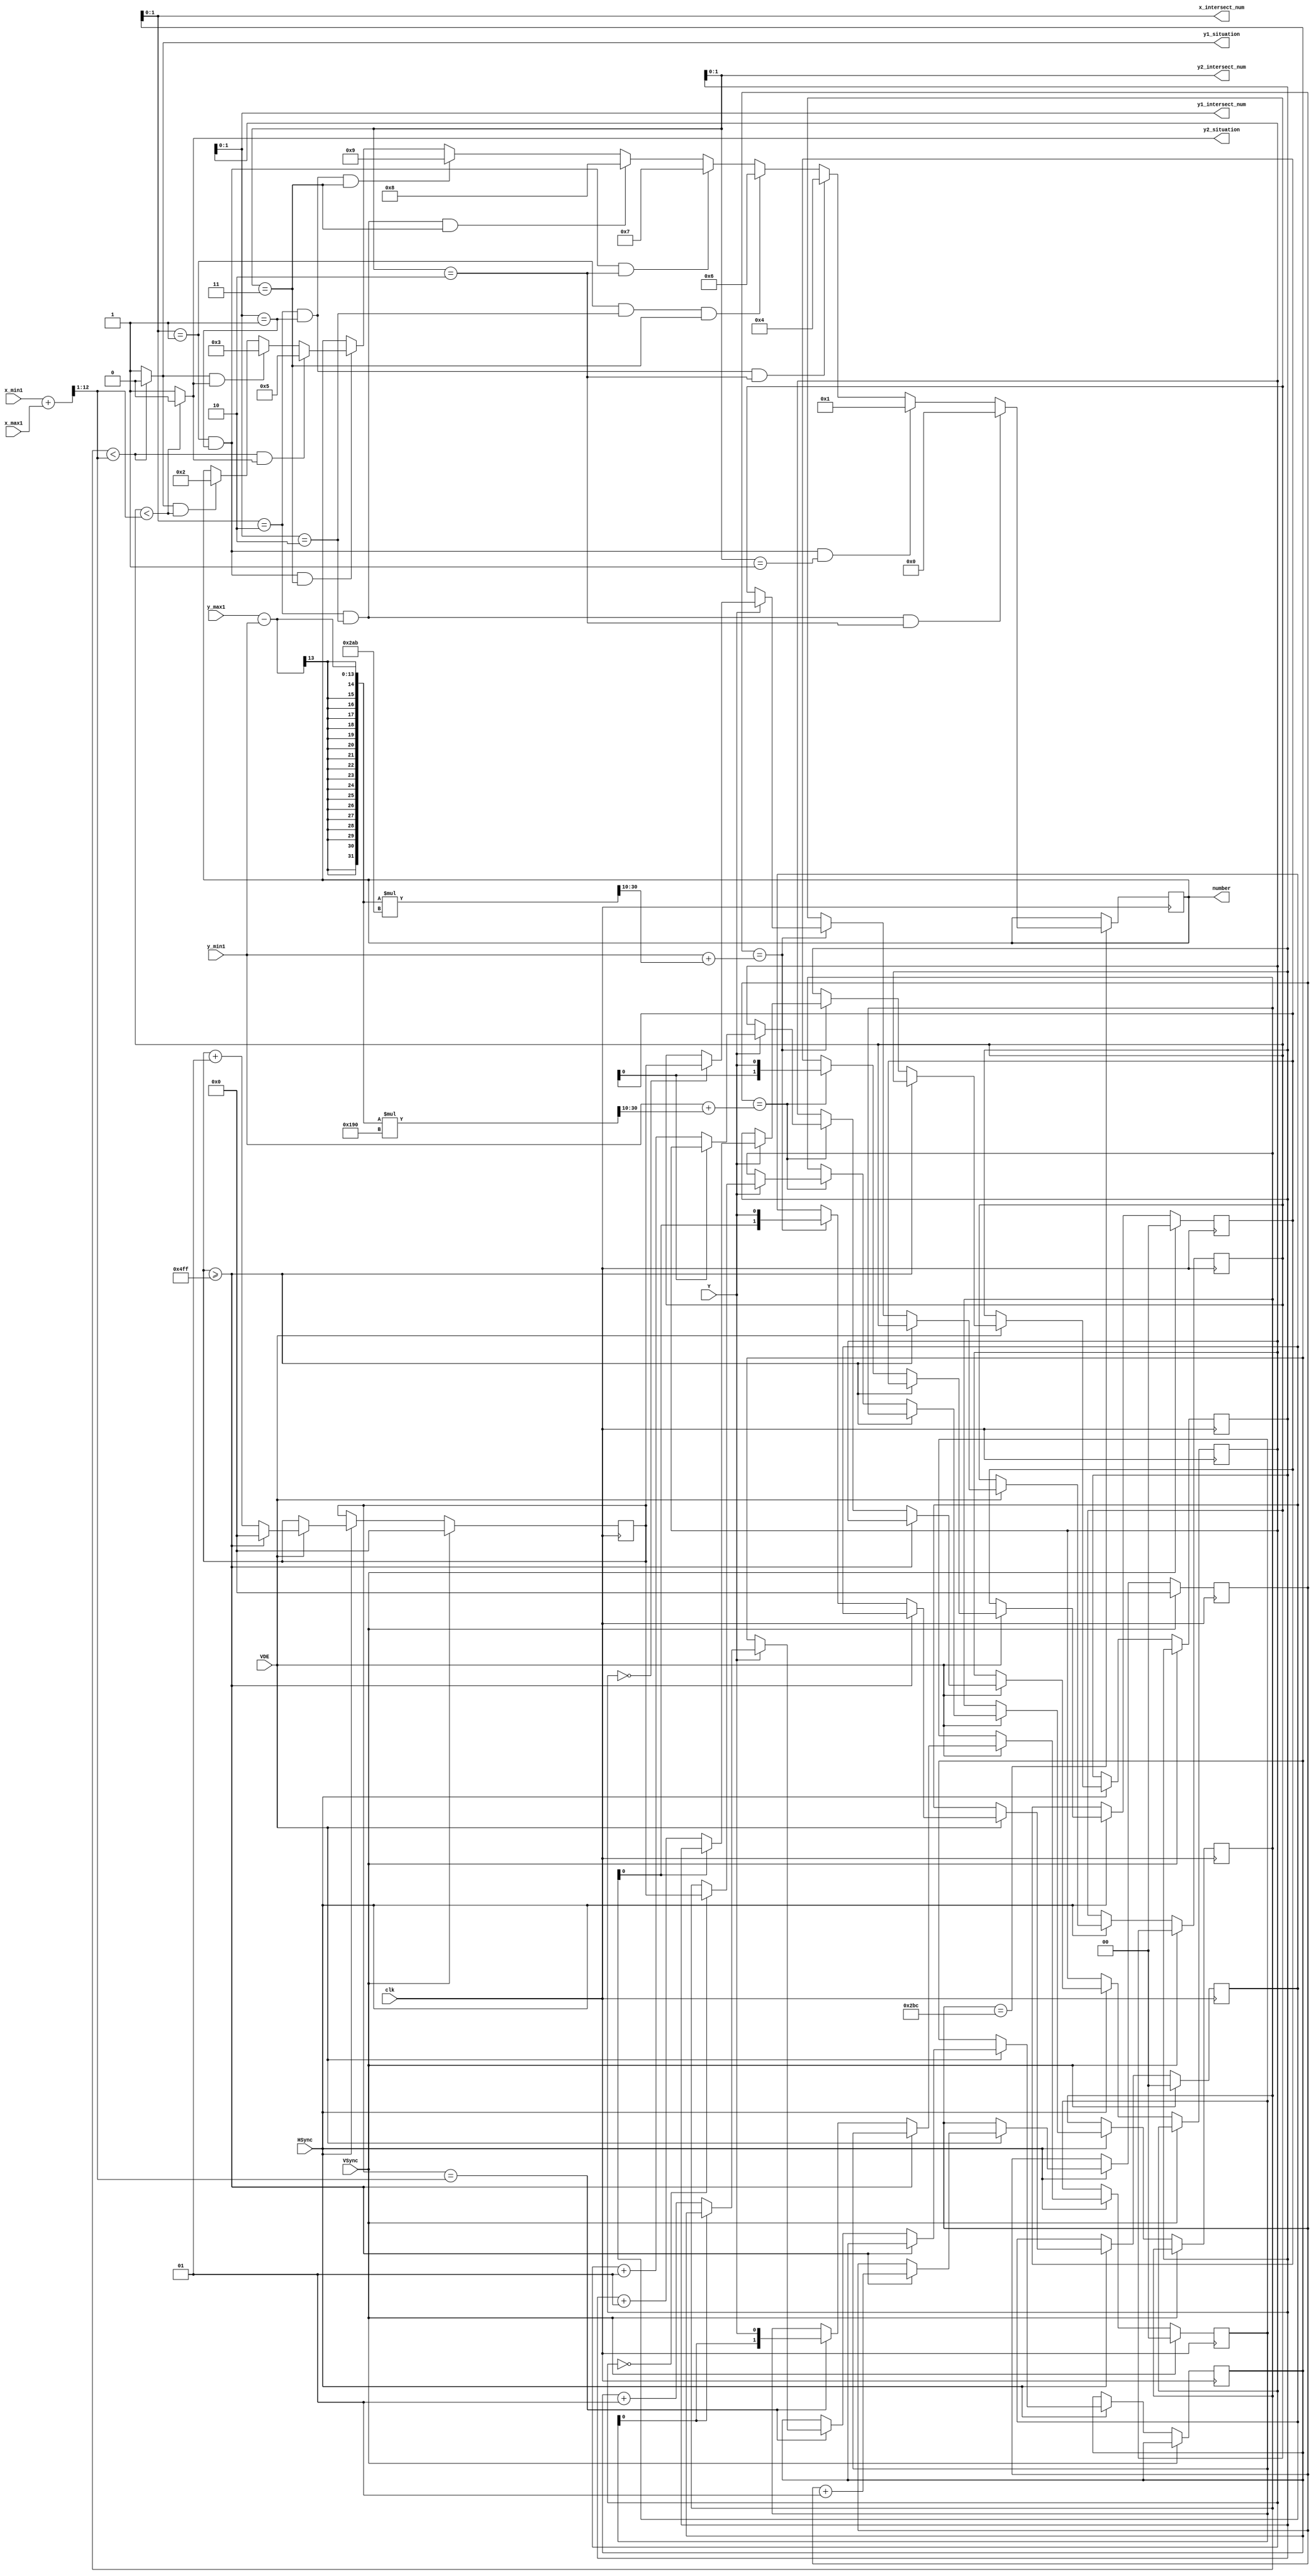
`timescale 1ns / 1ps
//////////////////////////////////////////////////////////////////////////////////
// Company: 
// Engineer: 
// 
// Design Name: 
// Module Name: Charator_Distinguish
// Project Name: 
// Target Devices: 
// Tool Versions: 
// Description: 
// 
// Dependencies: 
// 
// Revision:
// Revision 0.01 - File Created
// Additional Comments:
// 
//////////////////////////////////////////////////////////////////////////////////


module Charator_Distinguish(
    input clk,   //
    input Y,   //
    input HSync,   //Line signal()
    input VSync,   //Field signal()
    input VDE,   //Data valid signal()
    input  [12:0]x_min1,
    input  [12:0]x_max1,
    input  [12:0]y_min1,
    input  [12:0]y_max1,
    output [1:0]x_intersect_num,   //x
    output [1:0]y1_intersect_num,   //y1
    output [1:0]y2_intersect_num,   //y2
    output y1_situation,   //y1x(01)
    output y2_situation,   //y2x(01)
    output reg [4:0]number   //0-9
    //output [5:0]xx,
    //output [5:0]yy1,
    //output [5:0]yy2,
    //output [4:0]x_num_x,
    //output [4:0]y_num_y,
    //output [3:0]y_first_y1,
    //output [3:0]y_first_y2
    );
    
    integer x_sum=1280;   //
    integer y_sum=720;   //
    integer x_num=0;   //
    integer y_num=0;   //    
    wire [12:0]x;
    wire [20:0]y1;
    wire [20:0]y2;
    
    assign x=(x_min1+x_max1)>>1;   //x(1/2)
    assign y1=y_min1+(((y_max1-y_min1)*400)>>10);   //y1(2/5)
    assign y2=y_min1+(((y_max1-y_min1)*683)>>10);   //y2(2/3)
    //assign xx=x;
    //assign yy1=y1;
    //assign yy2=y2;
    
    reg [1:0]x_x=2'b00;   //
    reg [1:0]y_y1=2'b00;   //
    reg [1:0]y_y2=2'b00;   //
    
    integer x_x_num=0;   //x
    integer y_y1_num=0;   //y1
    integer y_y2_num=0;   //y2
    
    //integer x_first=0;   //x1
    integer y1_first=0;   //y11
    integer y2_first=0;   //y2x1
    
    always@(posedge clk)begin   //
        if(VSync==1)begin
            x_num<=1'b0;y_num<=1'b0;x_x<=2'b00;y_y1<=2'b00;y_y2<=2'b00;
        end
        else begin
           if(HSync==1)begin
               if(VDE==1)begin
                    if(x_num>=x_sum-1)begin   //
                        x_num<=1'b0;y_num<=y_num+1;
                    end
                    else begin
                        if(x_num==x)begin
                            x_x={x_x[0],Y};
                            if(Y==1)begin
                                if(x_x[1]==0)begin
                                    x_x_num<=x_x_num+1;
                                end
                                else;
                            end
                            else;
                        end
                        if(y_num==y1)begin
                            y_y1={y_y1[0],Y};
                            if(Y==1)begin
                                if(y_y1_num==0)begin
                                    y1_first<=x_num;
                                end
                                else;
                                if(y_y1[1]==0)begin
                                    y_y1_num<=y_y1_num+1;
                                end
                                else;
                            end
                            else;
                        end
                        if(y_num==y2)begin
                            y_y2={y_y2[0],Y};
                            if(Y==1)begin
                                if(y_y2_num==0)begin
                                    y2_first<=x_num;
                                end
                                else;
                                if(y_y2[1]==0)begin
                                    y_y2_num<=y_y2_num+1;
                                end
                                else;
                            end
                            else;
                        end
                        x_num<=x_num+1;
                    end
               end
               else;
           end
           else;
        end
    end
    
    assign x_intersect_num=x_x_num;
    assign y1_intersect_num=y_y1_num;
    assign y2_intersect_num=y_y2_num;
    assign y1_situation=(y1_first<x)?1'b0:1'b1;
    assign y2_situation=(y2_first<x)?1'b0:1'b1;
    //assign x_num_x=x_num;
    //assign y_num_y=y_num;
    //assign y_first_y1=y1_first;
    //assign y_first_y2=y2_first;
    always@(posedge clk)begin
        if(y_num==700)begin
            if(x_intersect_num==2&&y1_intersect_num==2&&y2_intersect_num==2)begin
                number<='d0;
            end
            else if(x_intersect_num==1&&y1_intersect_num==1&&y2_intersect_num==1)begin
                number<='d1;
            end
            else if(x_intersect_num==2&&y1_intersect_num==1&&y2_intersect_num==2)begin
                number<='d4;
            end
            else if(x_intersect_num==1&&y1_intersect_num==2&&y2_intersect_num==3)begin
                number<='d6;
            end
            else if(x_intersect_num==1&&y1_intersect_num==1&&y2_intersect_num==2)begin
                number<='d7;
            end
            else if(x_intersect_num==2&&y1_intersect_num==2&&y2_intersect_num==3)begin
                number<='d8;
            end
            else if(x_intersect_num==2&&y1_intersect_num==1&&y2_intersect_num==3)begin
                number<='d9;
            end
            else if(x_intersect_num==1&&y1_intersect_num==1&&y2_intersect_num==3)begin
                if(y1_situation==1&&y2_situation==0)begin
                    number<='d2;
                end
                if(y1_situation==1&&y2_situation==1)begin
                    number<='d3;
                end
                if(y1_situation==0&&y2_situation==1)begin
                    number<='d5;
                end
            end
        end
        else begin
            number<=number;
        end
    end
        
endmodule